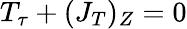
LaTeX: T_{\tau}+(J_{T})_{Z}=0